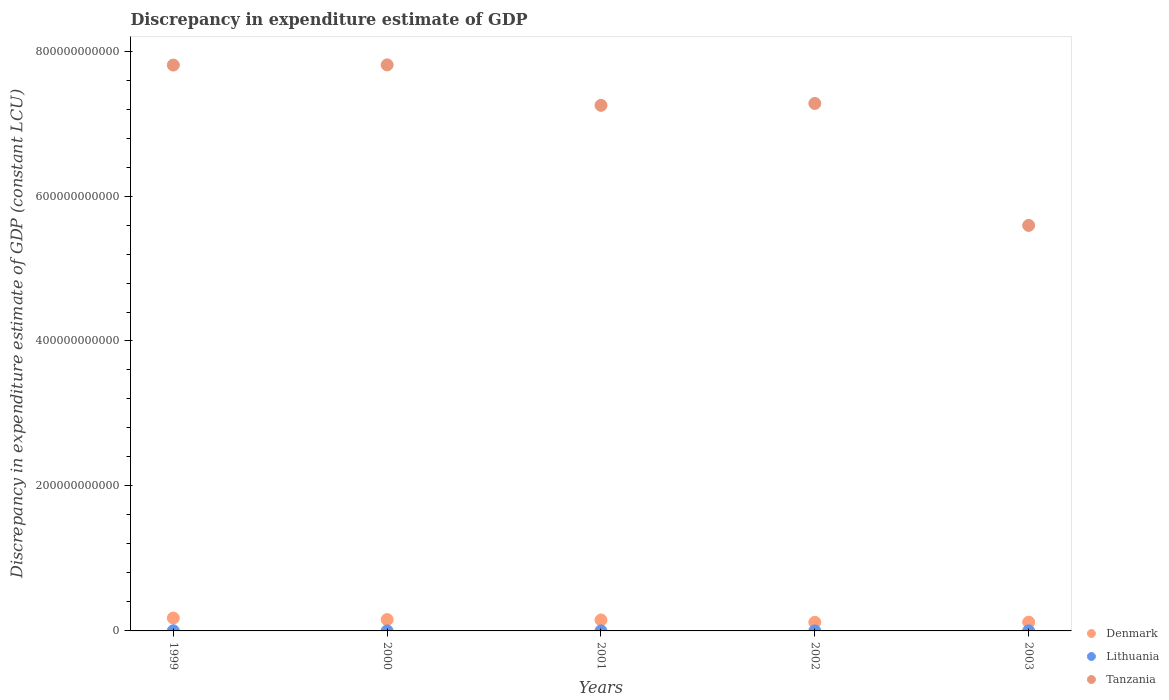
| Years | Denmark | Lithuania | Tanzania |
 | --- | --- | --- | --- |
 | 1999 | 1.78e+10 | 1.8e+08 | 7.81e+11 |
 | 2000 | 1.56e+10 | 4.2e+07 | 7.81e+11 |
 | 2001 | 1.51e+10 | 6.81e+07 | 7.25e+11 |
 | 2002 | 1.19e+10 | 4.74e+07 | 7.28e+11 |
 | 2003 | 1.21e+10 | 9.86e+07 | 5.59e+11 |